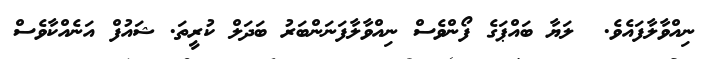
ނިއްވާލާފައެވެ.  ލަޔާ ބައްޕަގެ ފޯންވެސް ނިއްވާލާފަނަންބަރު ބަދަލް ކުރީތަ. ޝައުފް އަނެއްކާވެސް